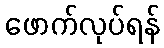
ဖောက်လုပ်ရန်